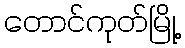
တောင်ကုတ်မြို့